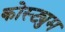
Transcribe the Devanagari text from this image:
कोस्ट्युम